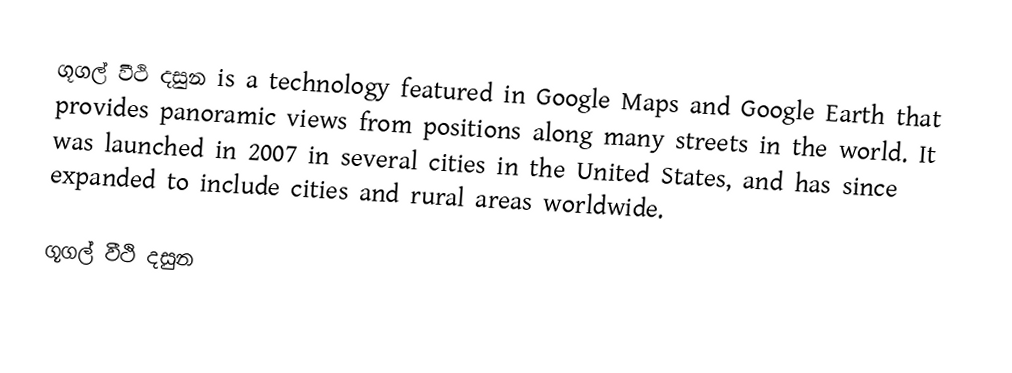
ගූගල් වීථි දසුන is a technology featured in Google Maps and Google Earth that provides panoramic views from positions along many streets in the world. It was launched in 2007 in several cities in the United States, and has since expanded to include cities and rural areas worldwide.

ගූගල් වීථි දසුන